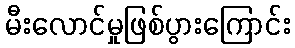
မီးလောင်မှုဖြစ်ပွားကြောင်း